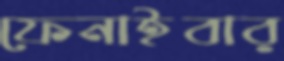
ফেনাইবার